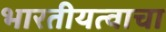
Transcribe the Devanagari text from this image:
भारतीयत्वाचा